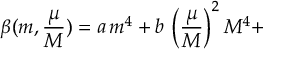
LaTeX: \beta ( m , \frac { \mu } { M } ) = a \, m ^ { 4 } + b \, \left( \frac { \mu } { M } \right) ^ { 2 } M ^ { 4 } +